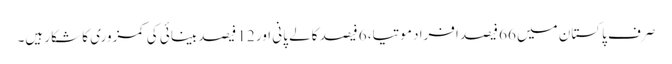
صرف پاکستان میں 66 فیصد افراد موتیا، 6 فیصد کالے پانی اور 12 فیصد بینائی کی کمزوری کا شکار ہیں۔